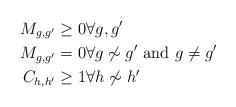
LaTeX: \begin{align*} M_{g,g'}&\ge 0 \forall g,g' \\M_{g,g'} &= 0 \forall g\not\sim g'\mbox{~and~} g\neq g' \\ C_{h,h'} &\ge 1 \forall h\not\sim h' \end{align*}